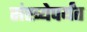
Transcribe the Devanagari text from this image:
संख्येपर्यंत